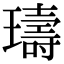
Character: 璹